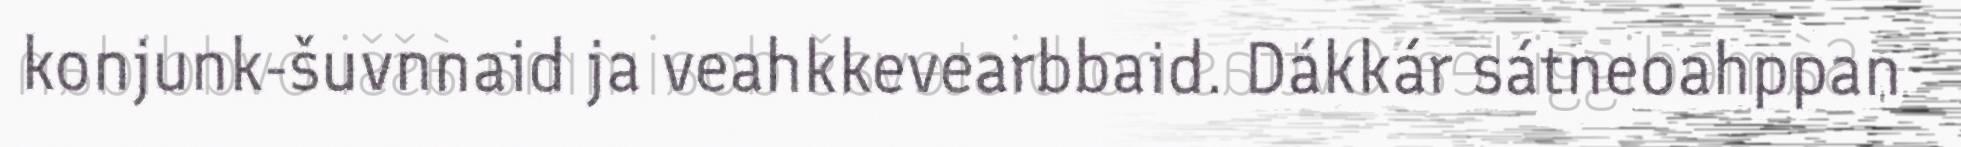
konjunk-šuvnnaid ja veahkkevearbbaid. Dákkár sátneoahppan